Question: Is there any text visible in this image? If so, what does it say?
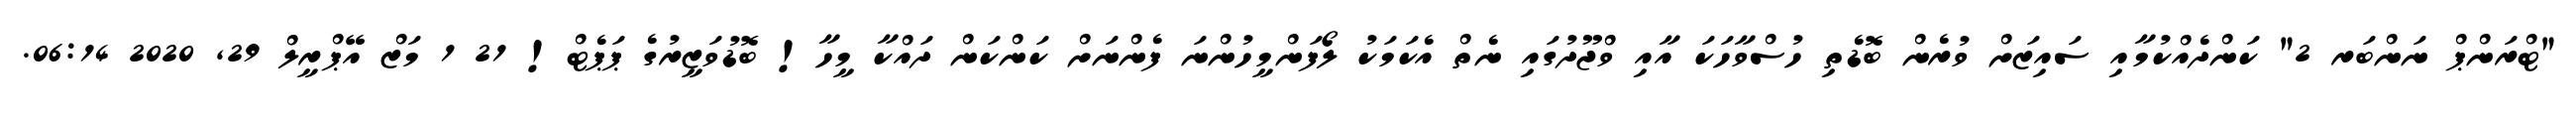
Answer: "ޓްރަންޕް ނަންބަރ 2" ކަންދެއްކުމާއި ސައިޒަށް ވުރެން ބޮޑެތި ހުސްވާހަކަ އާއި ވްޖޫދުގައި ނެތް އެކަމަކު ލޯފަންމީހުންނަ ފެންނަށް ކަންކަން ދައްކާ މީހާ! ބޮޑުވަޒީރުގެ ޕަޕެޓް! 21 1 މަޒް އޭޕްރީލް 29, 2020 06:14.